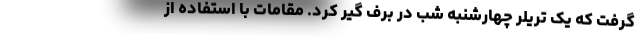
گرفت که یک تریلر چهارشنبه شب در برف گیر کرد. مقامات با استفاده از